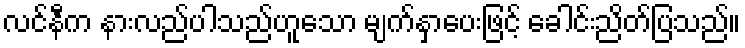
လင်နီက နားလည်ပါသည်ဟူသော မျက်နှာပေးဖြင့် ခေါင်းညိတ်ပြသည်။